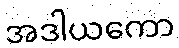
အဒါယကော